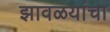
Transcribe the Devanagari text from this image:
झावळयांचा